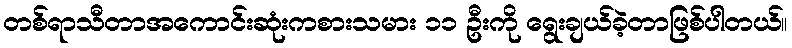
တစ်ရာသီတာအကောင်းဆုံးကစားသမား ၁၁ ဦးကို ရွေးချယ်ခဲ့တာဖြစ်ပါတယ်။